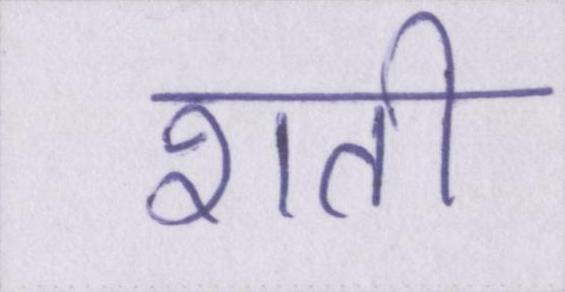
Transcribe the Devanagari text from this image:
शती